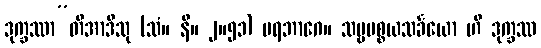
ဒုက္ခဿာ”တိအာဒီသု (သံ။ နိ။ ၂။၅၁) ပရဘာဂေ။ သဗ္ဗပစ္စယသင်္ခယော ဟိ ဒုက္ခဿ